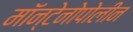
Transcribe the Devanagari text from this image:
मॉन्टेनोपोलीन